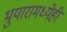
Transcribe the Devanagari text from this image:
भुयारामध्येही